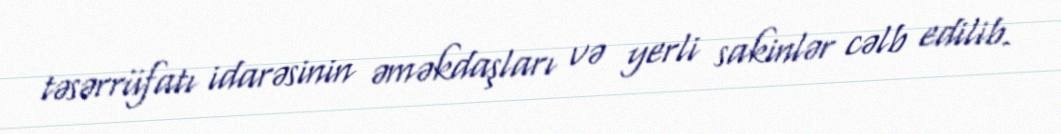
təsərrüfatı idarəsinin əməkdaşları və yerli sakinlər cəlb edilib.